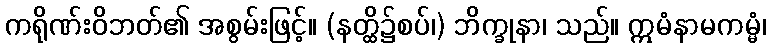
ကရိုဏ်းဝိဘတ်၏ အစွမ်းဖြင့်။ (နတ္ထိ၌စပ်၊) ဘိက္ခုနာ၊ သည်။ ဣမံနာမကမ္မံ၊